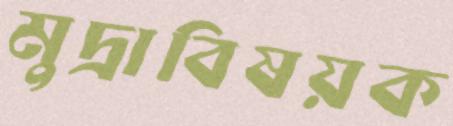
মুদ্রাবিষয়ক